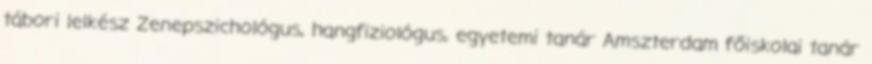
tábori lelkész Zenepszichológus, hangfiziológus, egyetemi tanár Amszterdam főiskolai tanár